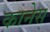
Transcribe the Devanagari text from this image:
कानेस